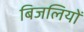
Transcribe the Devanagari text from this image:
बिजलियों